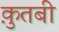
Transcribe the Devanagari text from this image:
क़ुतबी